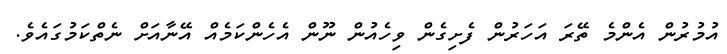
އުމުރުން އެންމެ ތޭރަ އަހަރުން ފެށިގެން ވިހެއުން ނޫން އެހެންކަމެއް އޭނާއަށް ނެތްކަމުގައެވެ.